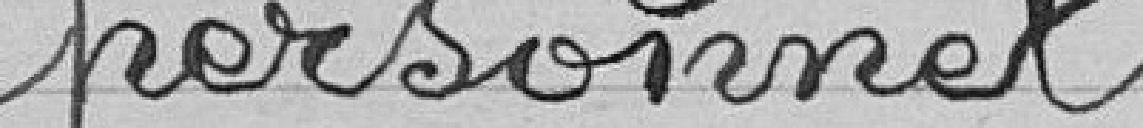
personnel